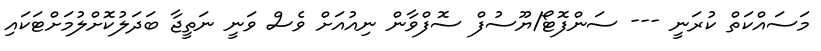
މަސައްކަތް ކުރަނީ --- ސަންފޮޓޯ/ޔޫސުފް ސޮފްވާން ނިއުއަށް ވެސް ވަނީ ނަތީޖާ ބަދަލުކޮށްލުމަށްޓަކައި